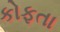
કોફતા